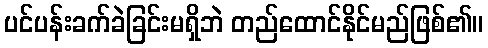
ပင်ပန်းခက်ခဲခြင်းမရှိဘဲ တည်ထောင်နိုင်မည်ဖြစ်၏။